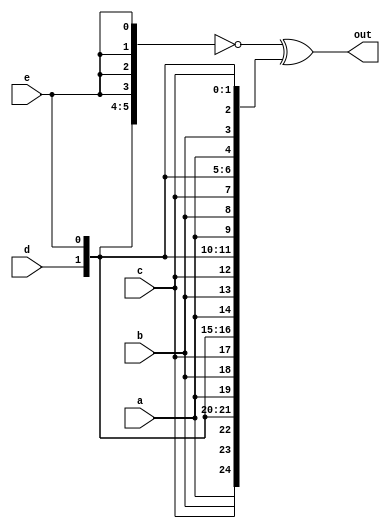
/*
The top vector is a concatenation of 5 repeats of each input
The bottom vector is 5 repeats of a concatenation of the 5 inputs

*/

module top_module (
	input a, b, c, d, e,
	output [24:0] out
);

	wire [24:0] top, bottom;
	assign top    = { {5{a}}, {5{b}}, {5{c}}, {5{d}}, {5{e}} };
	assign bottom = {5{a,b,c,d,e}};
	assign out = ~top ^ bottom;	// Bitwise XNOR

	// This could be done on one line:
	// assign out = ~{ {5{a}}, {5{b}}, {5{c}}, {5{d}}, {5{e}} } ^ {5{a,b,c,d,e}};
	
endmodule